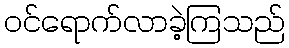
ဝင်ရောက်လာခဲ့ကြသည်